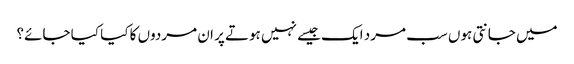
میں جانتی ہوں سب مرد ایک جیسے نہیں ہوتے پر ان مردوں کا کیا کیا جائے؟